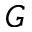
G